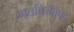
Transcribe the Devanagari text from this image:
गतविजेतेपद